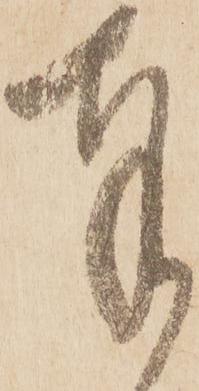
奉